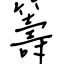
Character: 籌